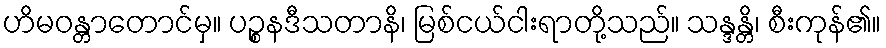
ဟိမဝန္တာတောင်မှ။ ပဉ္စနဒီသတာနိ၊ မြစ်ငယ်ငါးရာတို့သည်။ သန္ဒန္တိ၊ စီးကုန်၏။